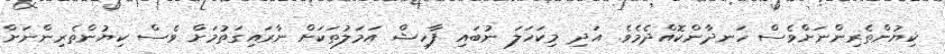
ކިޔުންތެރިންނަށްވެސް ހަނދާންކޮއްދެމެވެ. އަދި މިކަހަލަ ނުބައި ފާހިޝް އަމަލުތަކަށް ނާރައިގަތުމަށް ވެސް ކިޔުންތެރިންނަށް